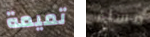
تميمة مساء